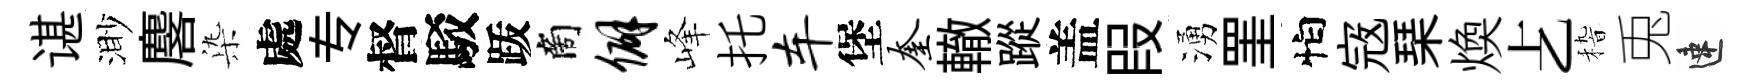
谌渺麐𣑱處专督駁䟦商僻峰托车堡奎轍蹤盖叚湧罣怕𡨥琹煥𠧒𥟵兎速